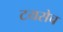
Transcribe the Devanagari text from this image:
टयसेच